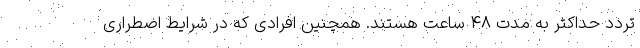
تردد حداکثر به مدت ۴۸ ساعت هستند. همچنین افرادی که در شرایط اضطراری